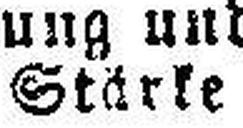
Stärke